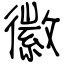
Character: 徽